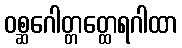
ဝစ္ဆဂေါတ္တတ္ထေရဂါထာ